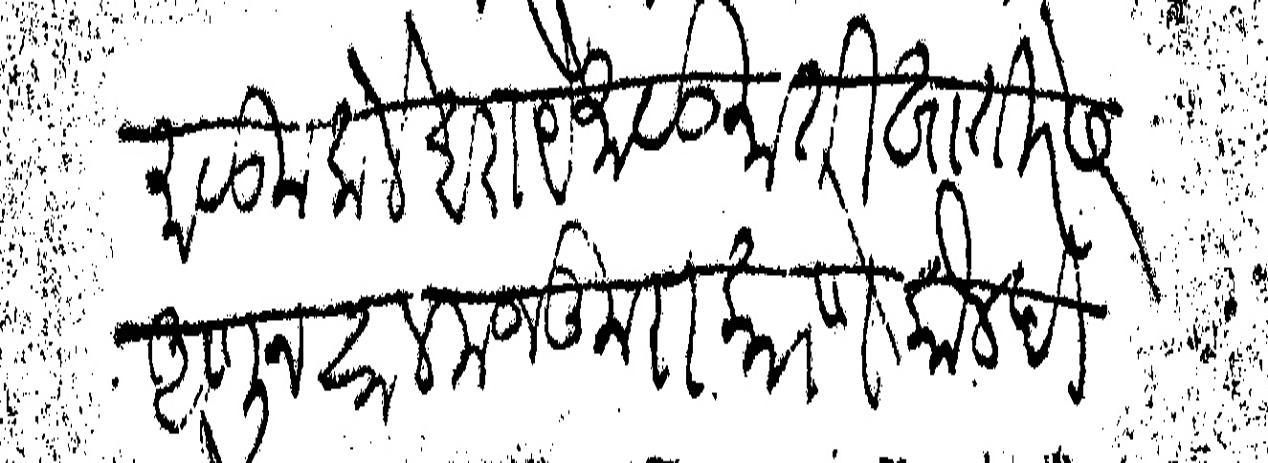
Transliteration (Devanagari): माळूम केले बराये माळुमाती खातिरेस आणून साल मजकुराकारणे कौल दिल्हे